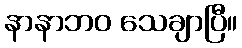
နာနာဘဝ သေချာပြီ။